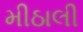
મીઠાલી